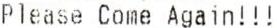
PLEASE COME AGAIN!!!